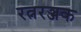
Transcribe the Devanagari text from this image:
रत्नरञ्जक